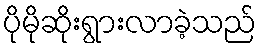
ပိုမိုဆိုးရွားလာခဲ့သည်